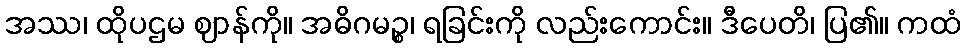
အဿ၊ ထိုပဌမ ဈာန်ကို။ အဓိဂမဉ္စ၊ ရခြင်းကို လည်းကောင်း။ ဒီပေတိ၊ ပြ၏။ ကထံ